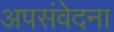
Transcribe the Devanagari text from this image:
अपसंवेदना